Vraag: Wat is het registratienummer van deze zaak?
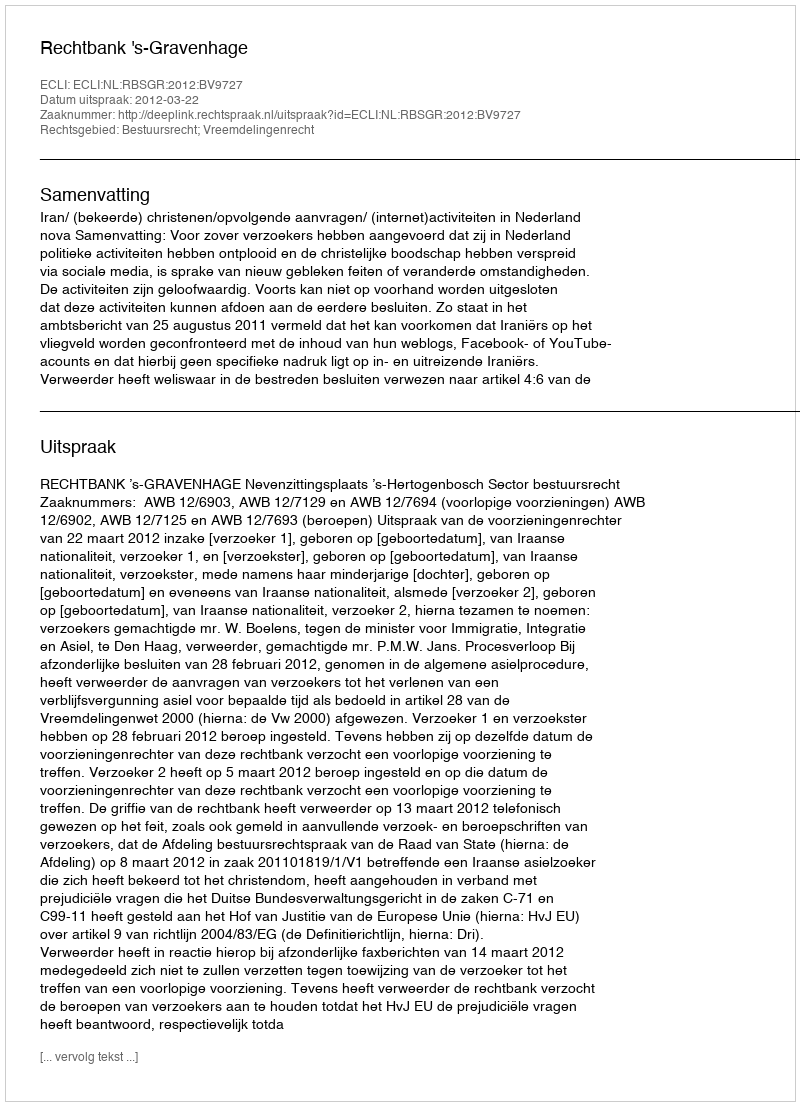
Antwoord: http://deeplink.rechtspraak.nl/uitspraak?id=ECLI:NL:RBSGR:2012:BV9727